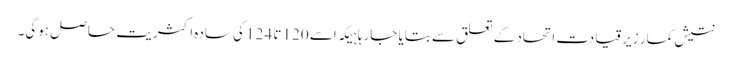
نتیش کمار زیرقیادت اتحاد کے تعلق سے بتایا جارہا ہیکہ اسے 120 تا 124 کی سادہ اکثریت حاصل ہوگی۔